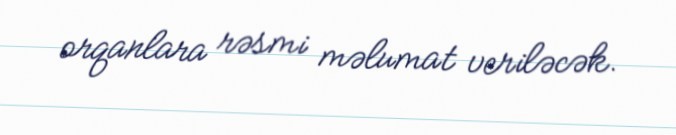
orqanlara rəsmi məlumat veriləcək.